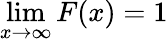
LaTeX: \operatorname*{lim}_{x\rightarrow\infty}F(x)=1